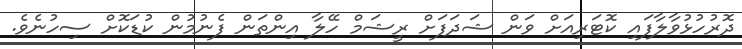
ދޮރުހުޅުވާލާފައި ކޮޓަރިއަށް ވަން ޝަދަފަށް ރީޝަމް ހޭލާ އިންތަން ފެނުމުން ކުޑަކޮށް ސިހުނެވެ.